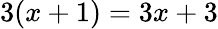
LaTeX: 3(x+1)=3x+3